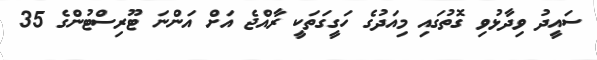
ސައީދު ވިދާޅުވި ގޮތުގައި މިއަދުގެ ހަގީގަތަކީ ރާއްްޖެ އަށް އަންނަ ޓޫރިސްޓުންގެ 35